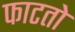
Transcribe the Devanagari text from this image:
फाटतो